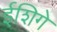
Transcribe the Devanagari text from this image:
ईशिगे